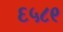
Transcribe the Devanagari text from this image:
६५८९